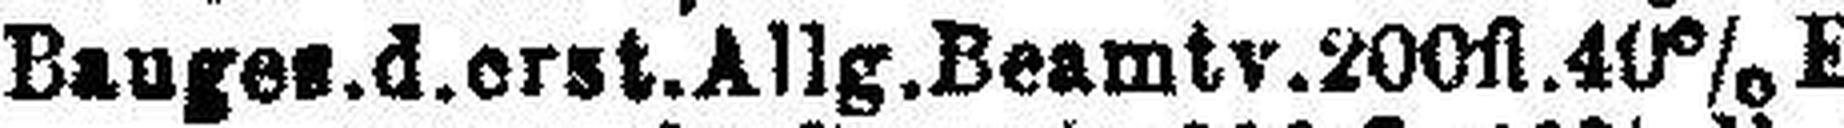
Bauges.d.orst.Allg.Beamtv.200fl.40% E